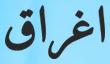
اغراق